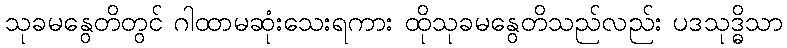
သုခမနွေတိတွင် ဂါထာမဆုံးသေးရကား ထိုသုခမနွေတိသည်လည်း ပဒသုဒ္ဓိသာ